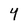
Character: 4